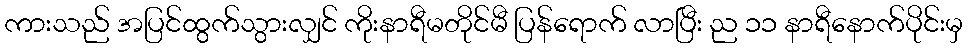
ကားသည် အပြင်ထွက်သွားလျှင် ကိုးနာရီမတိုင်မီ ပြန်ရောက် လာပြီး ည ၁၁ နာရီနောက်ပိုင်းမှ